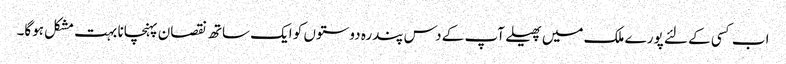
اب کسی کے لئے پورے ملک میں پھیلے آپ کے دس پندرہ دوستوں کو ایک ساتھ نقصان پہنچانا بہت مشکل ہوگا۔